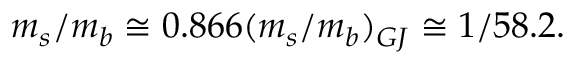
m _ { s } / m _ { b } \cong 0 . 8 6 6 ( m _ { s } / m _ { b } ) _ { G J } \cong 1 / 5 8 . 2 .